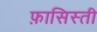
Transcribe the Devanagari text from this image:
फ़ासिस्ती